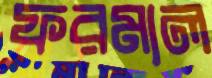
ফরমাল